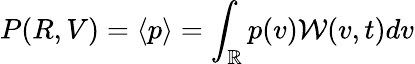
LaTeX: P(R,V)=\langle p\rangle=\int_{\mathbb{R}}p(v)\mathcal W(v,t)dv